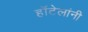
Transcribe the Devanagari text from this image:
हॉटेलांनी